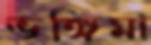
ভঙ্গিমা